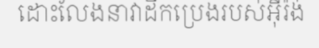
ដោះលែងនាវាដឹកប្រេងរបស់អ៊ីរ៉ង់